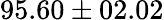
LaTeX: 95.60\pm 02.02